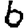
Digit: 6